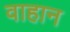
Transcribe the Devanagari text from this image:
वाहान